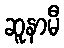
ဆူနာမီ